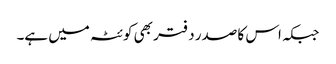
جبکہ اس کا صدر دفتر بھی کوئٹہ میں ہے۔